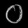
Digit: ၀